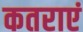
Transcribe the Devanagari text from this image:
कतराएं